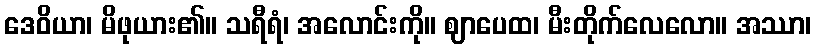
ဒေဝိယာ၊ မိဖုယား၏။ သရီရံ၊ အလောင်းကို။ ဈာပေထ၊ မီးတိုက်လေလော။ အဿာ၊